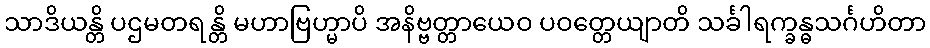
သာဒိယန္တိ ပဌမတရန္တိ မဟာဗြဟ္မာပိ အနိဗ္ဗတ္တာယေဝ ပဝတ္တေယျာတိ သင်္ခါရက္ခန္ဓသင်္ဂဟိတာ